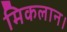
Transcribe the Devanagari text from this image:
मिकलान।